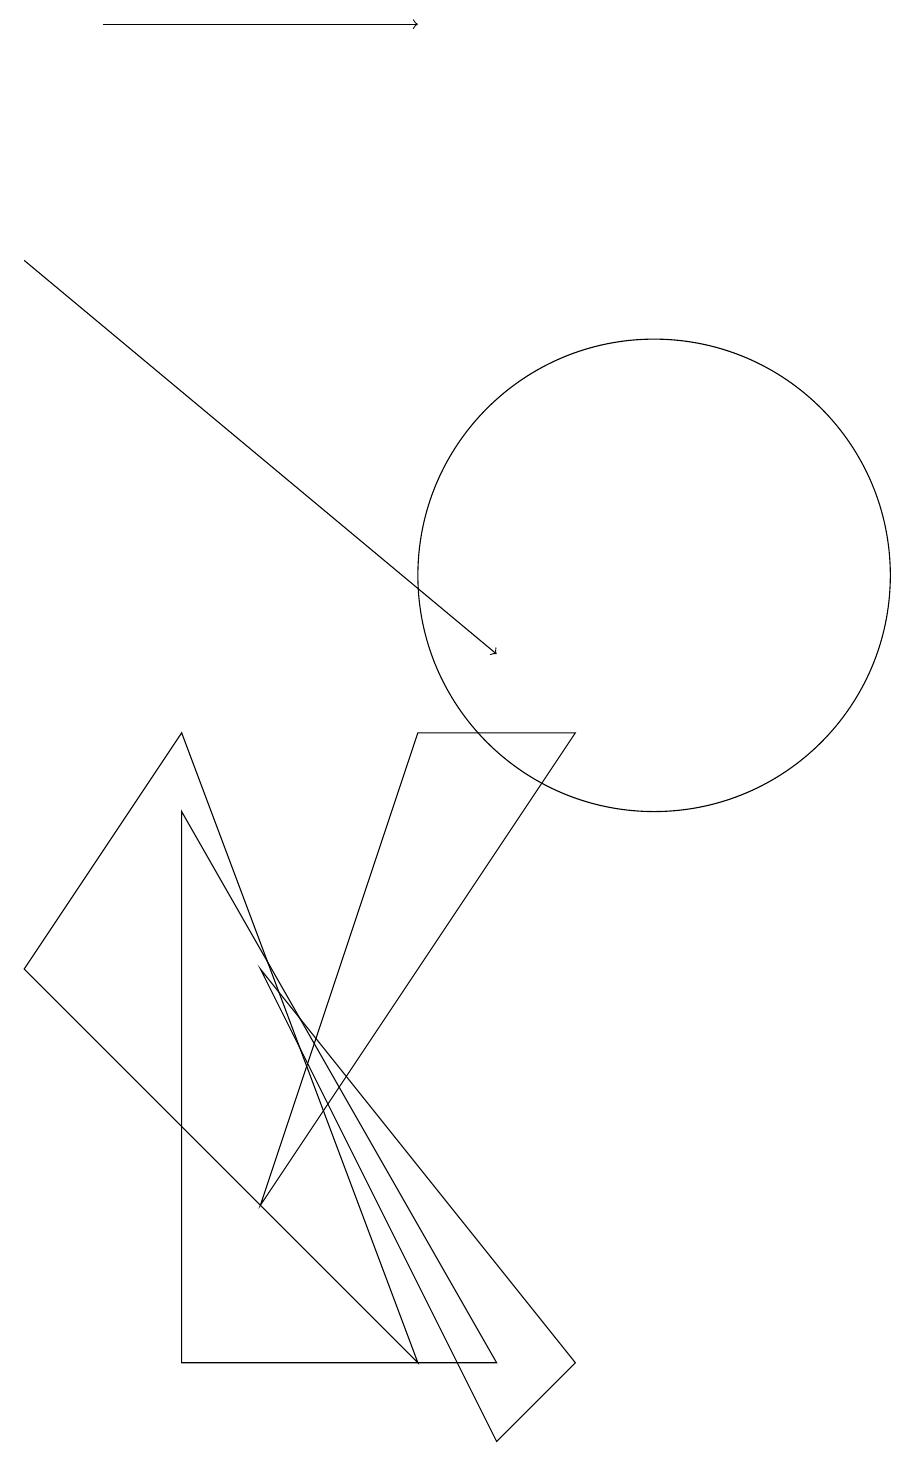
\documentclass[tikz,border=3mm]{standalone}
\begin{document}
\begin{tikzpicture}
\draw (4,9) -- (7,1) -- (2,6) -- cycle;
\draw (10,11) circle (3);
\draw (9,9) -- (5,3) -- (7,9) -- cycle;
\draw (8,1) -- (4,8) -- (4,1) -- cycle;
\draw[->] (2,15) -- (8,10);
\draw (5,6) -- (9,1) -- (8,0) -- cycle;
\draw (10,11) circle (0);
\draw[->] (3,18) -- (7,18);
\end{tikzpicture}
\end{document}